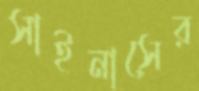
সাইনাসের